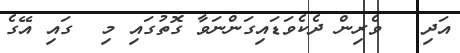
އަދި   ވެރިން ދެކެވަޑައިގަންނަވާ ގޮތުގައި މި  ގައި އޭގެ